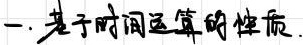
一、基于时间运算的性质.